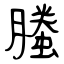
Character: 螣